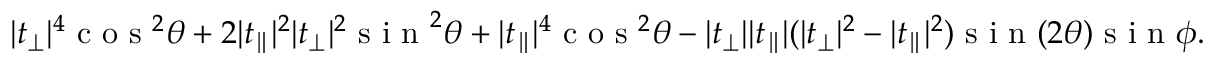
\lvert t _ { \perp } \rvert ^ { 4 } \textrm { c o s } ^ { 2 } \theta + 2 \lvert t _ { \parallel } \rvert ^ { 2 } \lvert t _ { \perp } \rvert ^ { 2 } \textrm { s i n } ^ { 2 } \theta + \lvert t _ { \parallel } \rvert ^ { 4 } \textrm { c o s } ^ { 2 } \theta - \lvert t _ { \perp } \rvert \lvert t _ { \parallel } \rvert ( \lvert t _ { \perp } \rvert ^ { 2 } - \lvert t _ { \parallel } \rvert ^ { 2 } ) \textrm { s i n } ( 2 \theta ) \textrm { s i n } \phi .